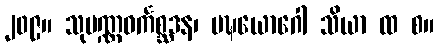
၂၀၉။ သုပဏ္ဏဝင်္ကစ္ဆဒန၊ မဍ္ဎယောဂေါ သိယာ ထ စ။